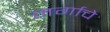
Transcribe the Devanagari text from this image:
मर्गाचे